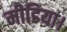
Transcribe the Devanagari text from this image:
मीडिया।